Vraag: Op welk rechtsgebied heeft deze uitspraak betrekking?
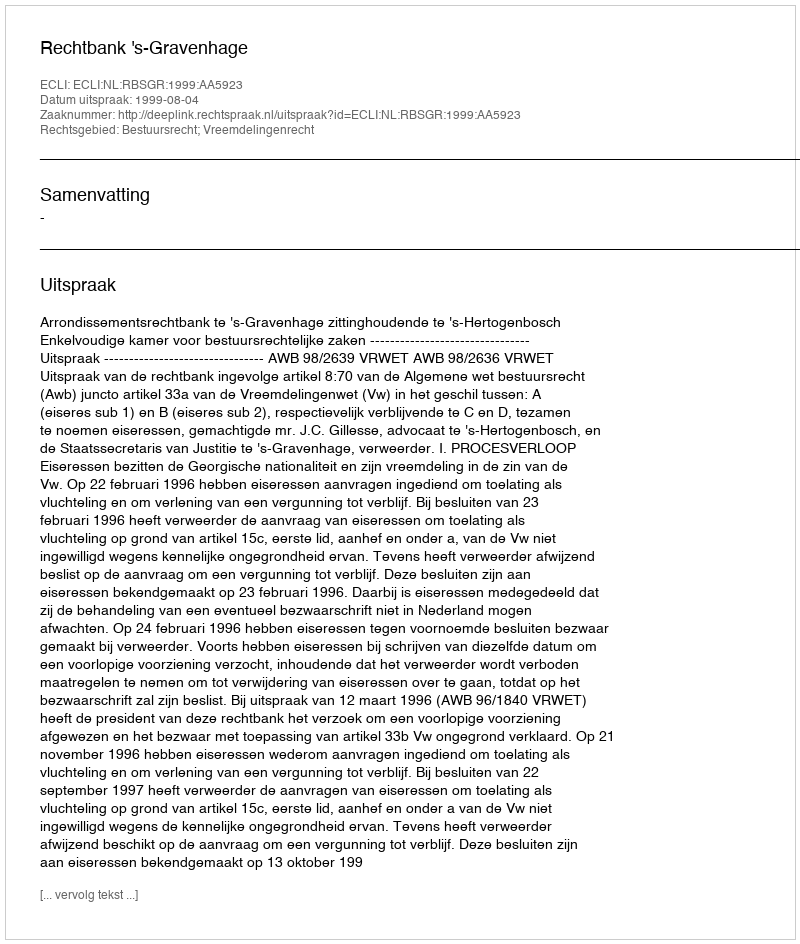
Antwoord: Bestuursrecht; Vreemdelingenrecht